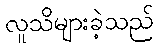
လူသိများခဲ့သည်